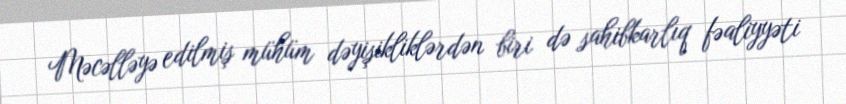
Məcəlləyə edilmiş mühüm dəyişikliklərdən biri də sahibkarlıq fəaliyyəti